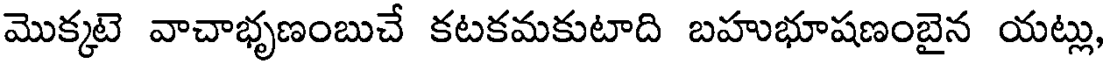
మొక్కటె వాచాభృణంబుచే కటకమకుటాది బహుభూషణంబైన యట్లు,